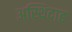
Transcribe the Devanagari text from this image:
अस्थिदाह